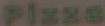
Plaza